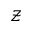
\mathcal { Z }